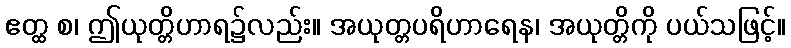
ဧတ္ထ စ၊ ဤယုတ္တိဟာရ၌လည်း။ အယုတ္တပရိဟာရေန၊ အယုတ္တိကို ပယ်သဖြင့်။